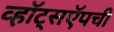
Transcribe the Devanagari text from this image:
व्हॉट्सऍपची